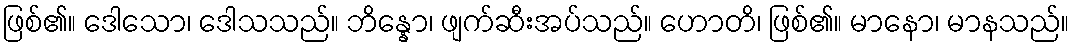
ဖြစ်၏။ ဒေါသော၊ ဒေါသသည်။ ဘိန္နော၊ ဖျက်ဆီးအပ်သည်။ ဟောတိ၊ ဖြစ်၏။ မာနော၊ မာနသည်။